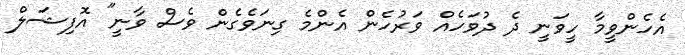
އެހެންވީމާ ހީވަނީ ދެ ދުވަހެއް ވަރުހެން އެންމެ ގިނަވެގެން ވެސް ވާނީ" އޮފިޝަލް